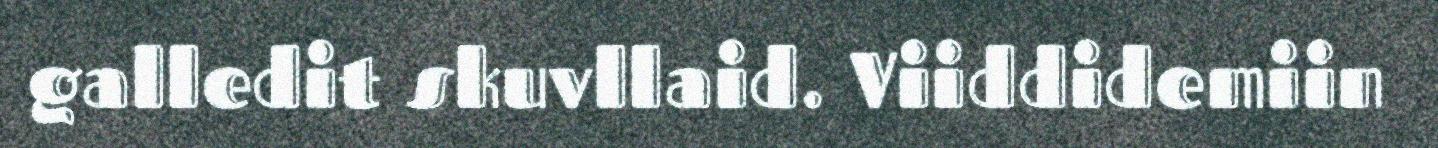
galledit skuvllaid. Viiddidemiin